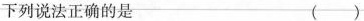
下列说法正确的是 ()